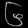
Digit: ၆